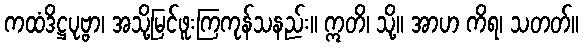
ကထံဒိဋ္ဌပုဗ္ဗာ၊ အသို့မြင်ဖူးကြကုန်သနည်း။ ဣတိ၊ သို့။ အာဟ ကိရ၊ သတတ်။